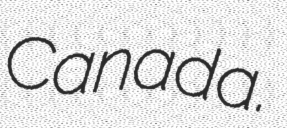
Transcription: Canada.